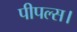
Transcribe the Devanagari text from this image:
पीपल्स।